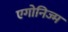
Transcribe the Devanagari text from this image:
एगोनिज्म